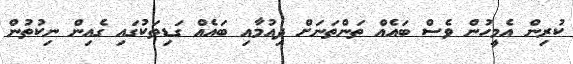
ކުރިން އެމީހުން ވެސް ބައެއް ތަންތަނަށް ދިއުމާއި ބައެއް ގަޑިތަކުގައި ގެއިން ނިކުތުން